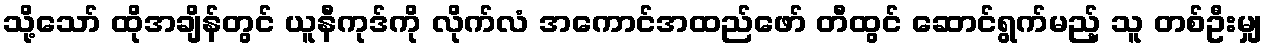
သို့သော် ထိုအချိန်တွင် ယူနီကုဒ်ကို လိုက်လံ အကောင်အထည်ဖော် တီထွင် ဆောင်ရွက်မည့် သူ တစ်ဦးမျှ